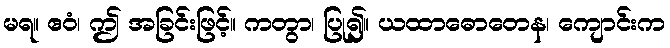
မရ။ ဧဝံ၊ ဤ အခြင်းဖြင့်။ ကတွာ၊ ပြု၍။ ယထာဓောတေန၊ ကျောင်းက